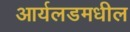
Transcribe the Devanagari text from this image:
आर्यलडमधील